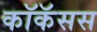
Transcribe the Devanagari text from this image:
कॉकॅसस